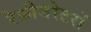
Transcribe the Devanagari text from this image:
रेफ्रीजरेटरों